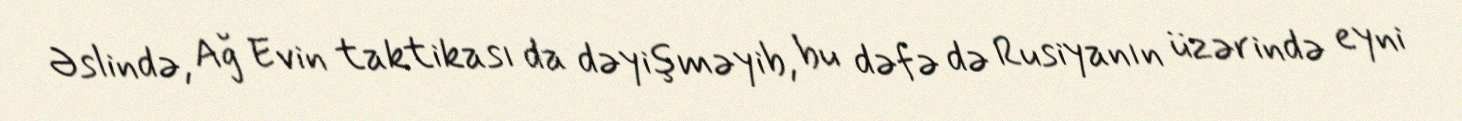
Əslində, Ağ Evin taktikası da dəyişməyib, bu dəfə də Rusiyanın üzərində eyni